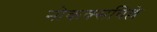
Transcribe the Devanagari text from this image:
नोकक्सविल्ले